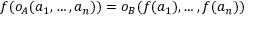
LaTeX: f ( o _ { A } ( a _ { 1 } , \dots , a _ { n } ) ) = o _ { B } ( f ( a _ { 1 } ) , \dots , f ( a _ { n } ) )